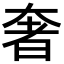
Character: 奢